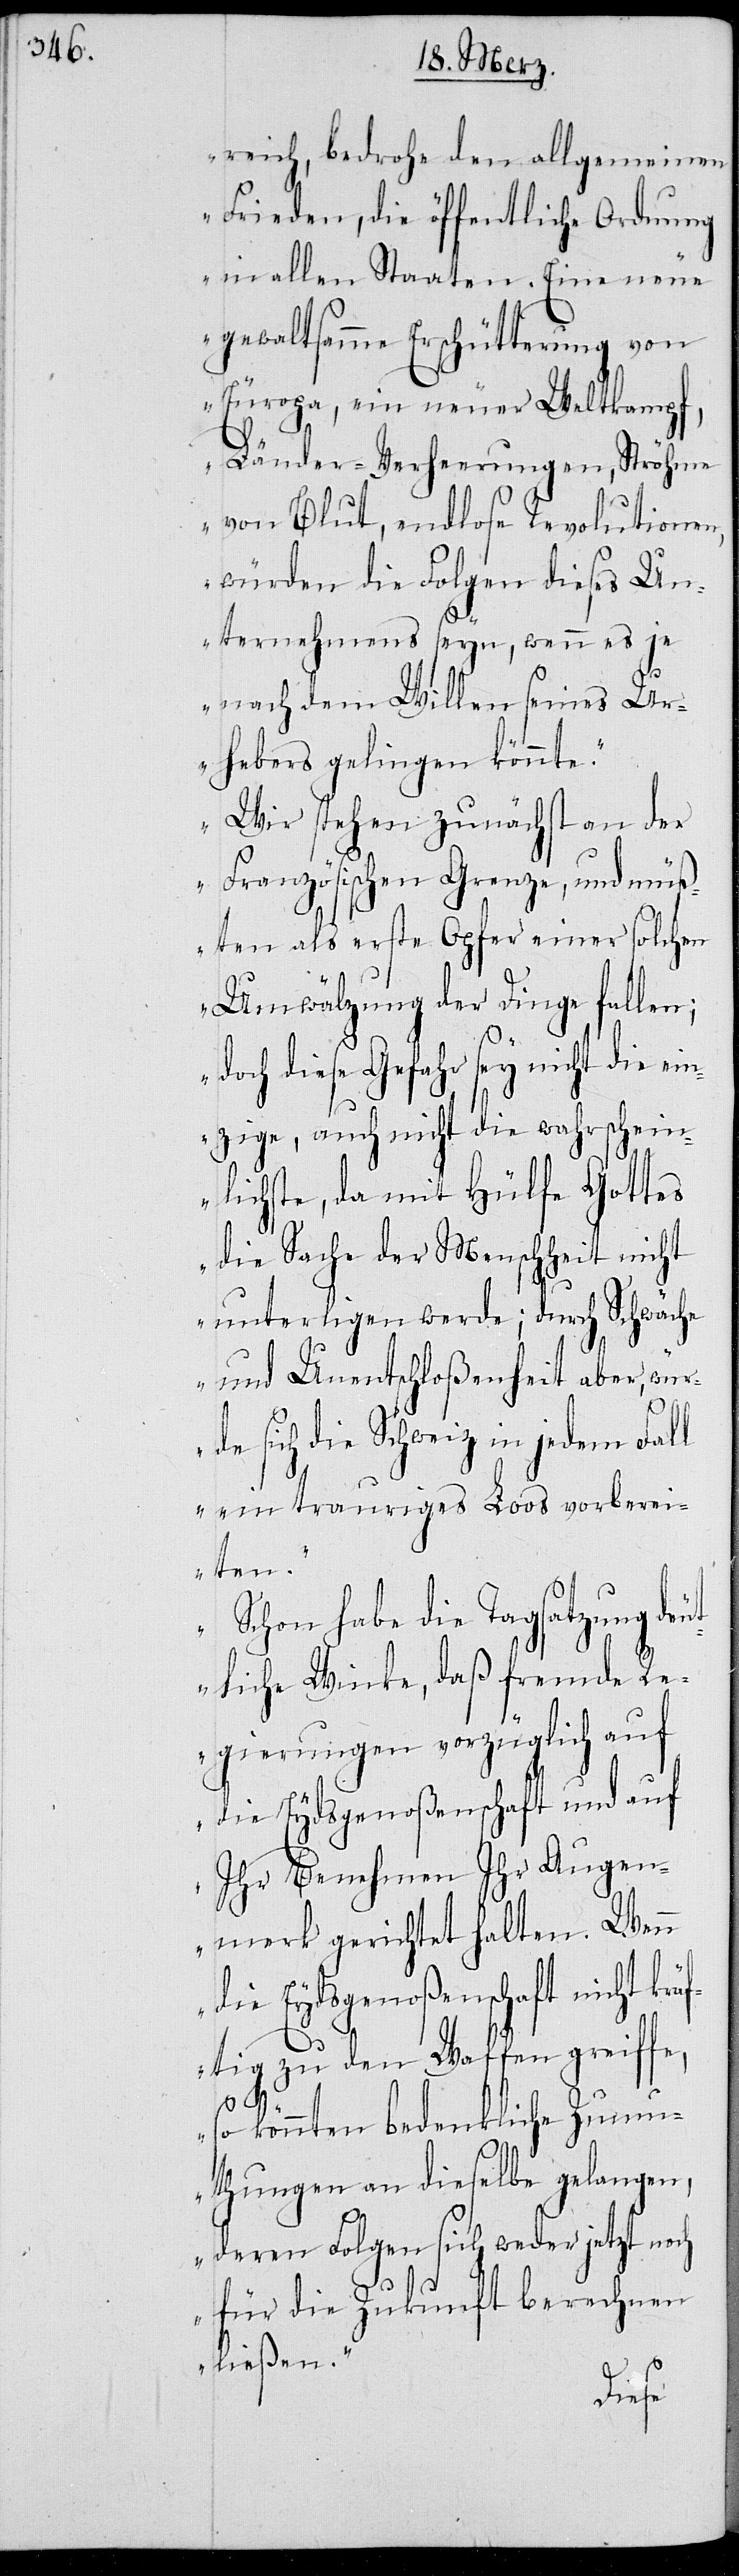
reich bedrohe den allgemeinen
Frieden, die öffentliche Ordnung
in allen Staaten. Eine neue
gewaltsamme Erschütterung von
Europa, ein neuer Weltkampf,
Länder-Verheerungen, Ströhme
von Blut, endlose Revolutionen,
würden die Folgen dieses Un¬
ternehmens seyn, wenn es je
nach dem Willen seines Ur¬
hebers gelingen könnte.
Wir stehen zunächst an der
Französischen Grenze, und müß¬
ten als erste Opfer einer solchen
Umwälzung der Dinge fallen;
doch diese Gefahr sey nicht die ein¬
zige, auch nicht die wahrschein¬
lichste, da mit Hülfe Gottes
die Sache der Menschheit nicht
unterligen werde; durch Schwäche
und Unentschloßenheit aber, wür¬
de sich die Schweiz in jedem Fall
ein trauriges Loos vorbere¬
iten.
Schon habe die Tagsatzung deu¬
tliche Winke, daß fremde Re¬
gierungen vorzüglich auf
die Eydsgenoßenschaft und auf
Ihr Benehmen ihr Augen¬
merk gerichtet halten. Wenn
die Eydsgenoßenschaft nicht kräf¬
tig zu den Waffen greiffe,
ch
so könnten bedenkliche Zumu¬
thungen an dieselbe gelangen,
deren Folgen sich weder jetzt no¬
für die Zukunft berechnen
ließen.